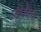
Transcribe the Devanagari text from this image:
उपेक्षैत